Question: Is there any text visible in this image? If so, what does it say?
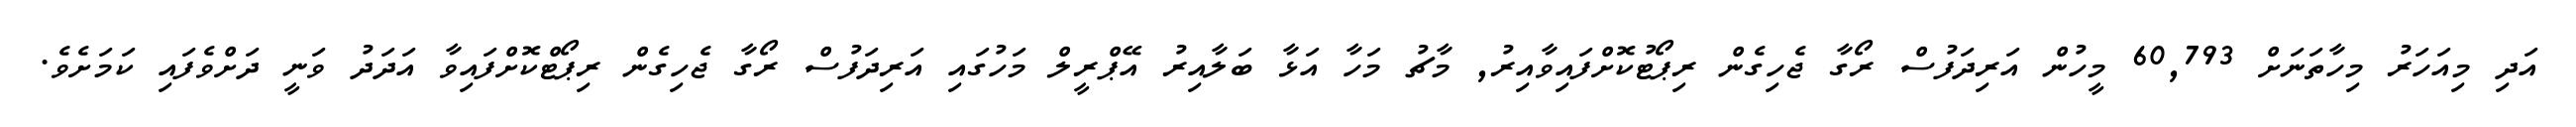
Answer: އަދި މިއަހަރު މިހާތަނަށް 60,793 މީހުން އަރިދަފުސް ރޯގާ ޖެހިގެން ރިޕޯޓުކޮށްފައިވާއިރު, މާޗު މަހާ އަޅާ ބަލާއިރު އޭޕްރީލް މަހުގައި އަރިދަފުސް ރޯގާ ޖެހިގެން ރިޕޯޓްކޮށްފައިވާ އަދަދު ވަނީ ދަށްވެފައި ކަމަށެވެ.